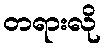
တရားလို